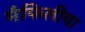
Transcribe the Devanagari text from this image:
मैफिलीचा